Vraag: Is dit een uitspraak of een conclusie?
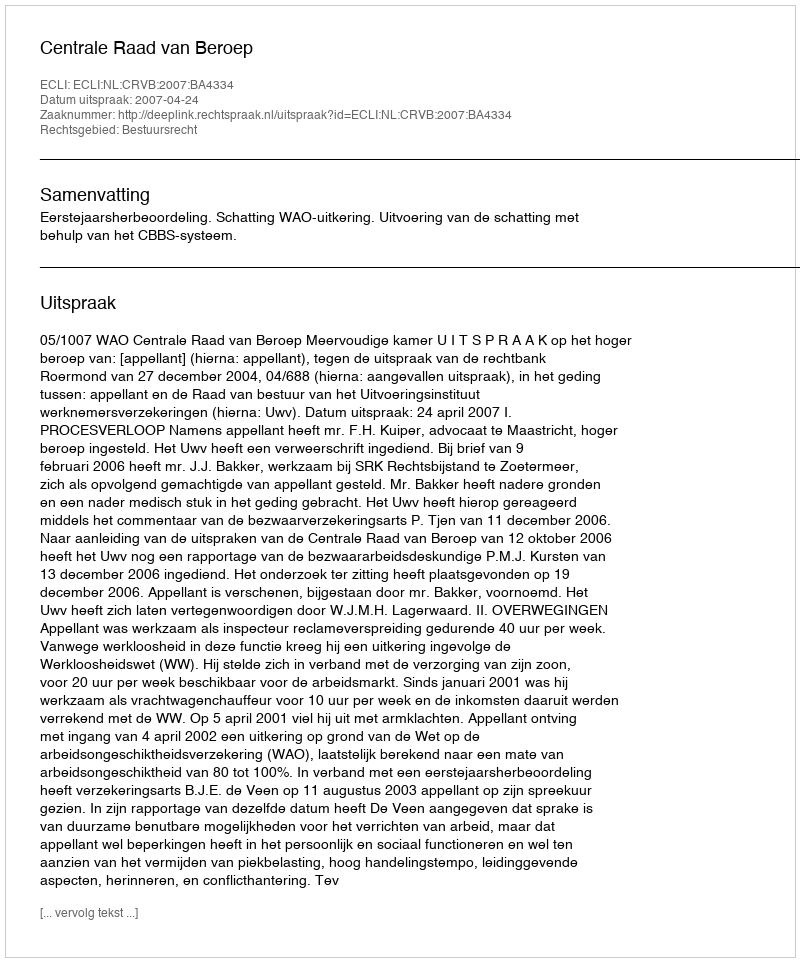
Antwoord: Uitspraak